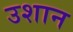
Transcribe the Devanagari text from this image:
उशान